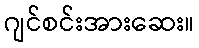
ဂျင်စင်းအားဆေး။